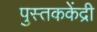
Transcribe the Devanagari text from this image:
पुस्तककेंद्री